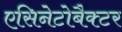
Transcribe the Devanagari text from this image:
एसिनेटोबैक्टर